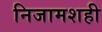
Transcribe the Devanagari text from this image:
निजामशही